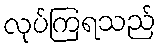
လုပ်ကြရသည်